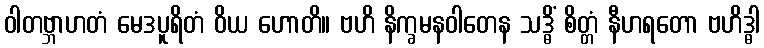
ဝါတဗ္ဘာဟတံ မေဒပူရိတံ ဝိယ ဟောတိ။ ဗဟိ နိက္ခမနဝါတေန သဒ္ဓိံ စိတ္တံ နီဟရတော ဗဟိဒ္ဓါ